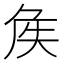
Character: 𡘓